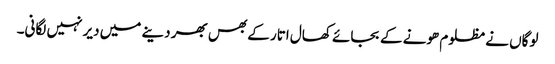
لوگاں نے مظلوم ھونے کے بجائے کھال اتار کے بھس بھر دینے میں دیر نہیں لگانی۔